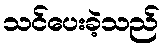
သင်ပေးခဲ့သည်